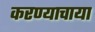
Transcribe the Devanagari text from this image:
करण्याचाया